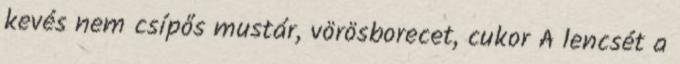
kevés nem csípős mustár, vörösborecet, cukor A lencsét a